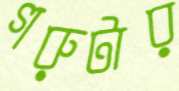
গরুটার